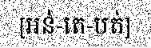
[អន់-តេ-បត់]